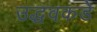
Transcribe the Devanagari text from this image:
उद्धवकडे